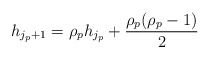
\begin{align*}h_{j_p+1} = \rho_p h_{j_p} + \frac{\rho_p(\rho_p-1)}{2} \end{align*}